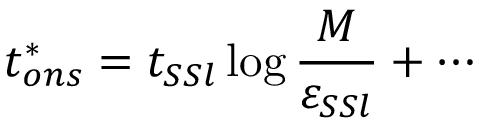
t _ { o n s } ^ { * } = t _ { S S l } \log \frac { M } { \varepsilon _ { S S l } } + \cdots